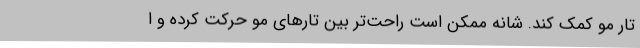
تار مو کمک کند. شانه ممکن است راحت‌تر بین تارهای مو حرکت کرده و ا